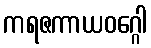
ကရဇကာယဝဂ္ဂေါ